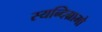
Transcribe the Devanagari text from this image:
स्यन्दिग्रामो